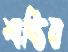
শান্তিব